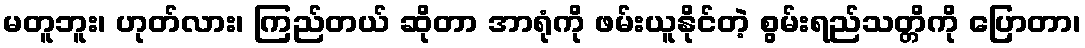
မတူဘူး၊ ဟုတ်လား၊ ကြည်တယ် ဆိုတာ အာရုံကို ဖမ်းယူနိုင်တဲ့ စွမ်းရည်သတ္တိကို ပြောတာ၊